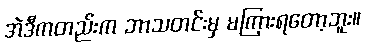
အဲဒီကတည်းက ဘာသတင်းမှ မကြားရတော့ဘူး။